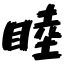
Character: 睦